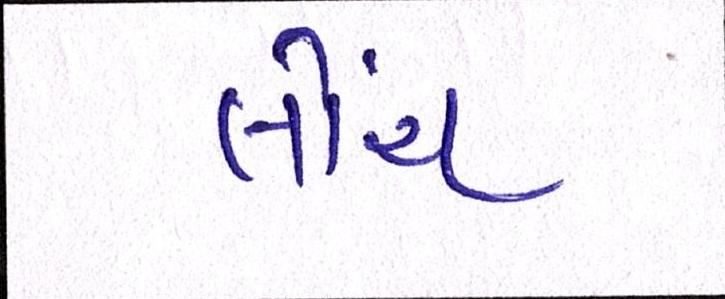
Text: લોંચ